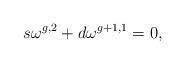
LaTeX: \begin{align*}s\omega^{g,2}+d\omega^{g+1,1}=0,\end{align*}